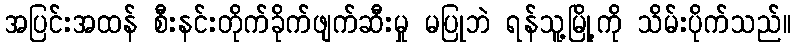
အပြင်းအထန် စီးနင်းတိုက်ခိုက်ဖျက်ဆီးမှု မပြုဘဲ ရန်သူ့မြို့ကို သိမ်းပိုက်သည်။